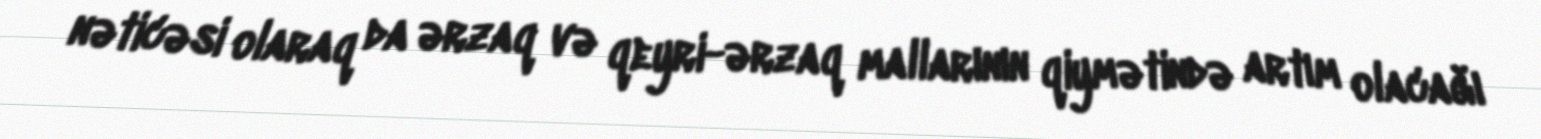
nəticəsi olaraq da ərzaq və qeyri-ərzaq mallarının qiymətində artım olacağı